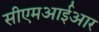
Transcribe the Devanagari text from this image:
सीएमआईआर